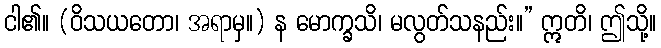
ငါ၏။ (ဝိသယတော၊ အရာမှ။) န မောက္ခသိ၊ မလွတ်သနည်း။” ဣတိ၊ ဤသို့။